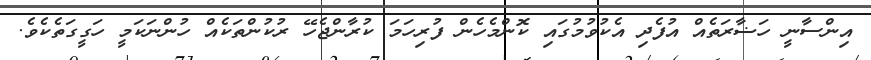
އިންސާނީ ހަޟާރަތެއް އުފެދި އެކުވުމުގައި ކޮންމެހެން ފުރިހަމަ ކުރާންޖެހޭ ރުކުންތަކެއް ހުންނަކަމީ ހަގީގަތެކެވެ.